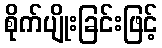
စိုက်ပျိုးခြင်းဖြင့်